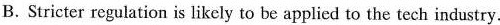
B.Suricter regulation is likcly to be applied to the tech industry.